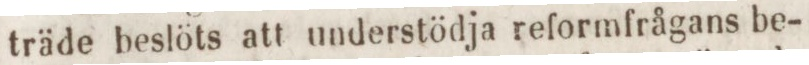
träde beslöts att understödja reformfrågans be-